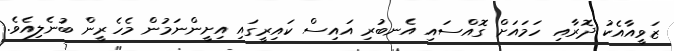
ޒަވީއާއެކު ދޮރާއި ހަމައަށް ގޮއްސައި އެނބުރި އައިސް ކައިރީގައި އިށީންނަމުން މެހެރީން ބުނެލިއެވެ.